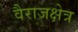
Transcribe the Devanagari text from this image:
वैराजक्षेत्र